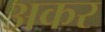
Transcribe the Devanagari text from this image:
अकर